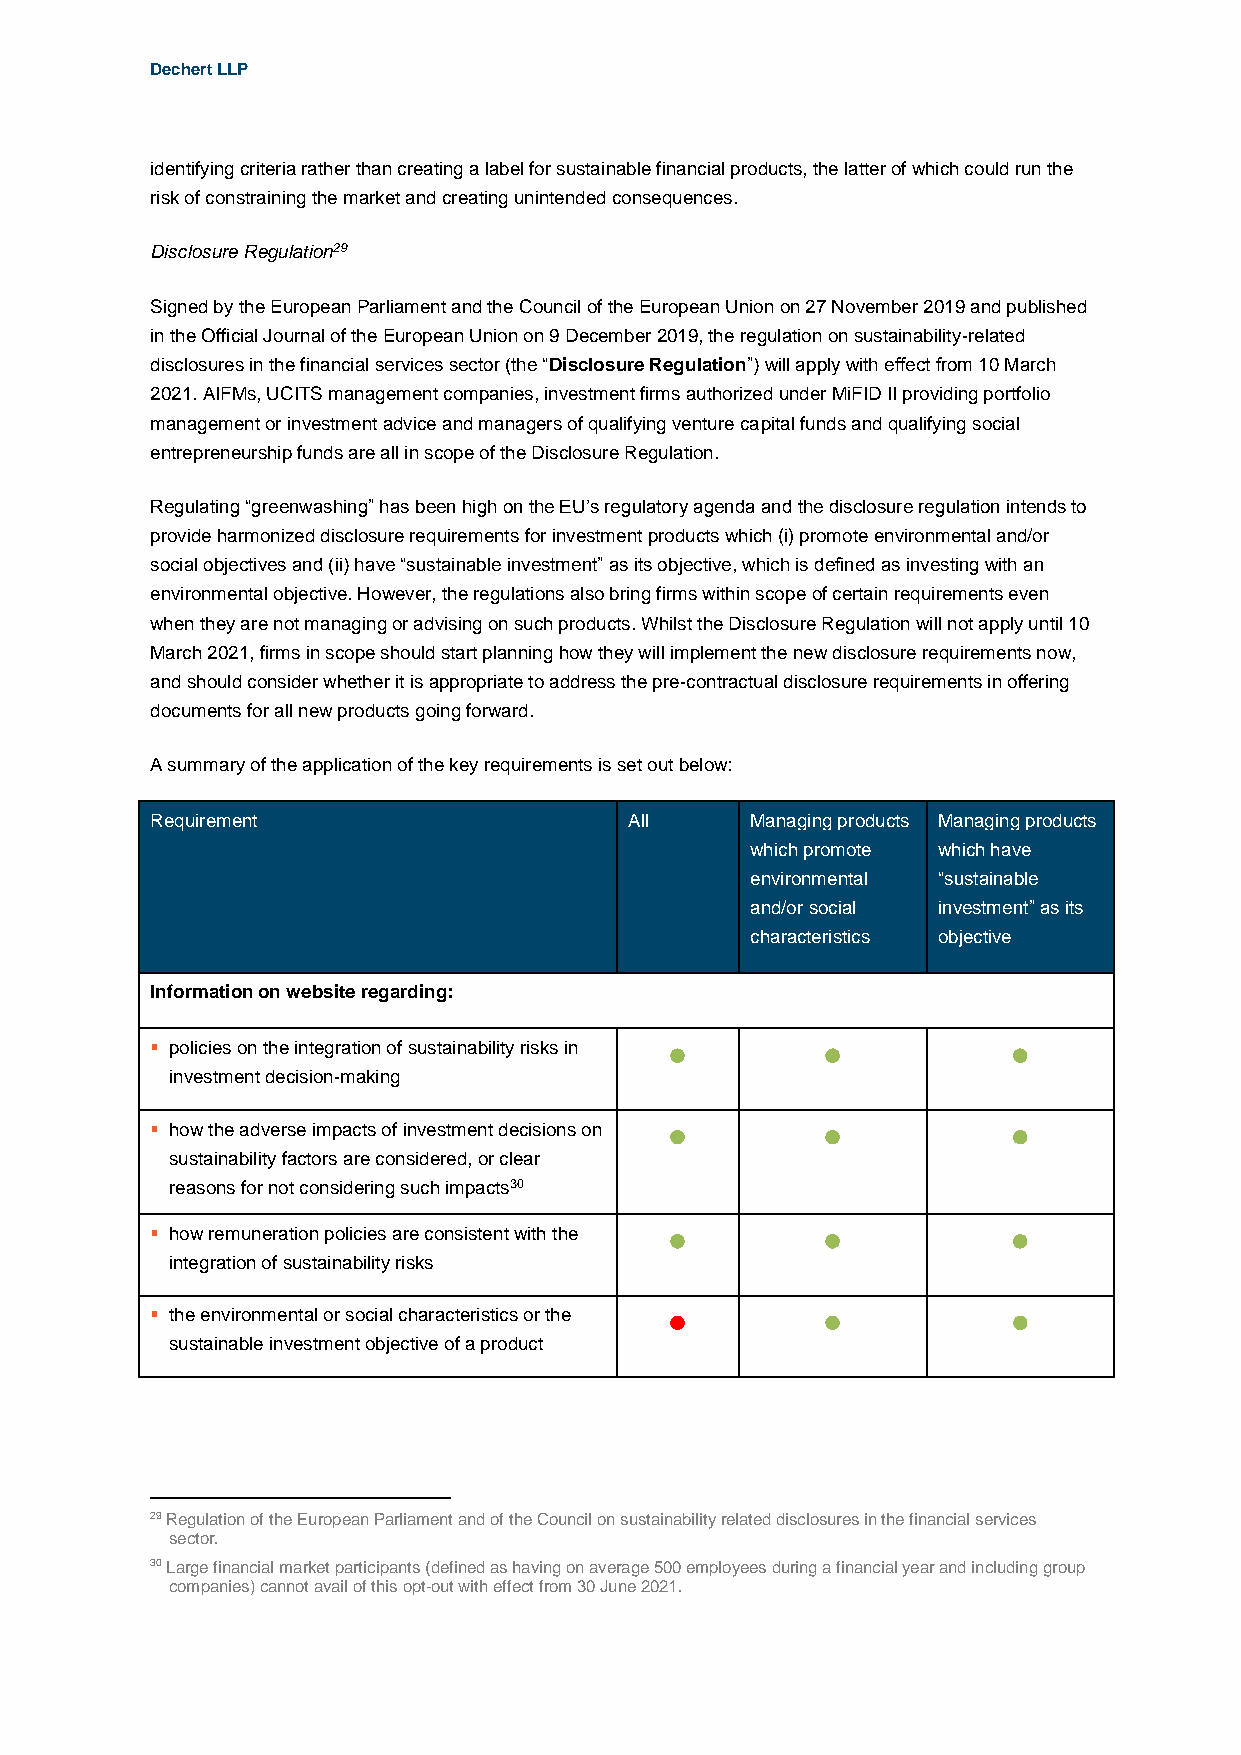
Dechert LLP
 identifying criteria rather than creating a label for sustainable financial products, the latter of which could run the
 risk of constraining the market and creating unintended consequences.
 Disclosure Regulation29
 Signed by the European Parliament and the Council of the European Union on 27 November 2019 and published
 in the Official Journal of the European Union on 9 December 2019, the regulation on sustainability-related
 disclosures in the financial services sector (the “Disclosure Regulation”) will apply with effect from 10 March
 2021. AIFMs, UCITS management companies, investment firms authorized under MiFID II providing portfolio
 management or investment advice and managers of qualifying venture capital funds and qualifying social
 entrepreneurship funds are all in scope of the Disclosure Regulation.
 Regulating “greenwashing” has been high on the EU’s regulatory agenda and the disclosure regulation intends to
 provide harmonized disclosure requirements for investment products which (i) promote environmental and/or
 social objectives and (ii) have “sustainable investment” as its objective, which is defined as investing with an
 environmental objective. However, the regulations also bring firms within scope of certain requirements even
 when they are not managing or advising on such products. Whilst the Disclosure Regulation will not apply until 10
 March 2021, firms in scope should start planning how they will implement the new disclosure requirements now,
 and should consider whether it is appropriate to address the pre-contractual disclosure requirements in offering
 documents for all new products going forward.
 A summary of the application of the key requirements is set out below:
 Requirement                     All     Managing products Managing products
 which promote which have
 environmental “sustainable
 and/or social investment” as its
 characteristics objective
 Information on website regarding:
  policies on the integration of sustainability risks in   
 investment decision-making
  how the adverse impacts of investment decisions on   
 sustainability factors are considered, or clear
 reasons for not considering such impacts30
  how remuneration policies are consistent with the    
 integration of sustainability risks
  the environmental or social characteristics or the   
 sustainable investment objective of a product
 29 Regulation of the European Parliament and of the Council on sustainability related disclosures in the financial services
 sector.
 30 Large financial market participants (defined as having on average 500 employees during a financial year and including group
 companies) cannot avail of this opt-out with effect from 30 June 2021.